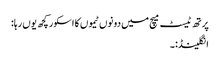
پرتھ ٹیسٹ میچ میں دونوں ٹیموں کا اسکور کچھ یوں رہا:
انگلینڈ:۔